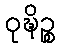
ဝုဍ္ဎိဉ္စ